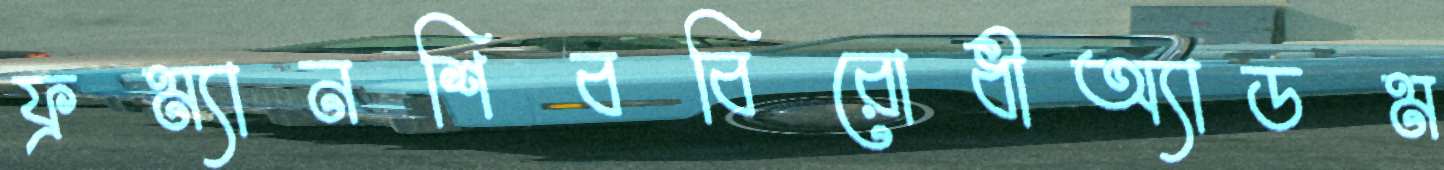
ফ্রম্যানশিববিরোধীঅ্যাডম